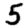
Digit: 5